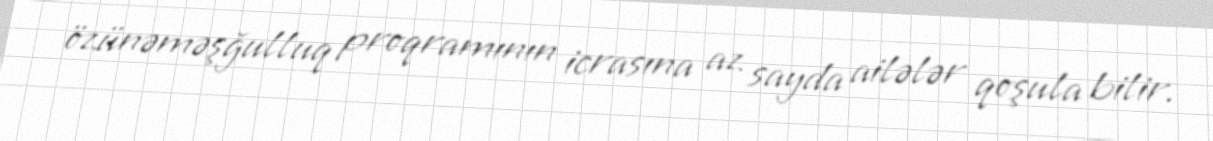
özünəməşğulluq proqramının icrasına az sayda ailələr qoşula bilir.